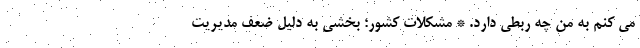
می کنم به من چه ربطی دارد. * مشکلات کشور؛ بخشی به دلیل ضعف مدیریت